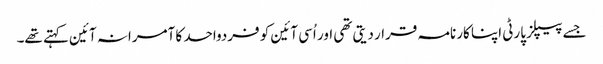
جسے پیپلز پارٹی اپنا کارنامہ قرار دیتی تھی اور اُسی آئین کو فردواحد کا آمرانہ آئین کہتے تھے۔